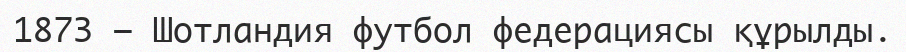
1873 — Шотландия футбол федерациясы құрылды.